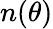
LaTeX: n(\theta)